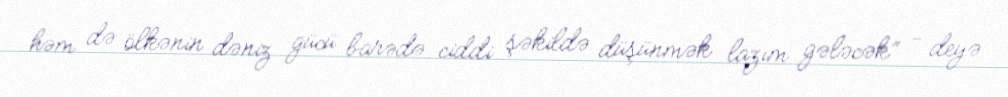
həm də ölkənin dəniz gücü barədə ciddi şəkildə düşünmək lazım gələcək” - deyə